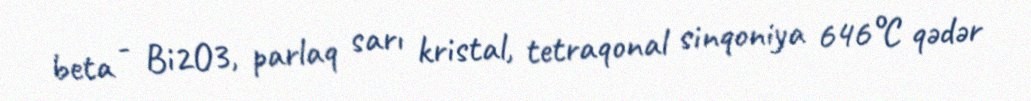
beta - Bi2O3, parlaq sarı kristal, tetraqonal sinqoniya 646°C qədər